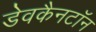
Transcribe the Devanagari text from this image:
डेवकैनटॉन